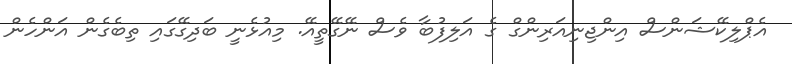
އެޕްލިކޭޝަންސް އިންޖިނިއަރިންގް ގެ އަލިފުބާ ވެސް ނޭގޭތީއޭ. މިއުޅެނީ ބަދިގޭގައި ތިބެގެން އަންހެން